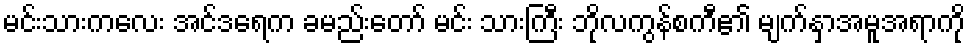
မင်းသားကလေး အင်ဒရေက ခမည်းတော် မင်း သားကြီး ဘိုလကွန်စကီ၏ မျက်နှာအမူအရာကို